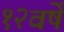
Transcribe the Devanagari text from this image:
१२वर्षे